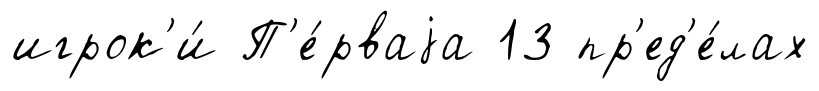
игрок'и́ П'е́рваjа 13 пр'ед'е́лах